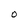
Character: O